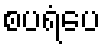
စပရံပေ